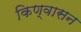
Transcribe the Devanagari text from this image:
किण्वासन